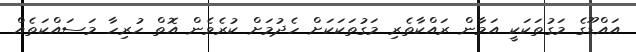
އައްޑޫގެ މަގުތަކަކީ އަމާން ރައްކާތެރި މަގުތަކަކަށް ހެދުމަށް ކުރެވެން އޮތް ހުރިހާ މަސައްކަތެއް